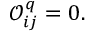
\begin{array} { r } { \mathscr { O } _ { i j } ^ { q } = 0 . } \end{array}